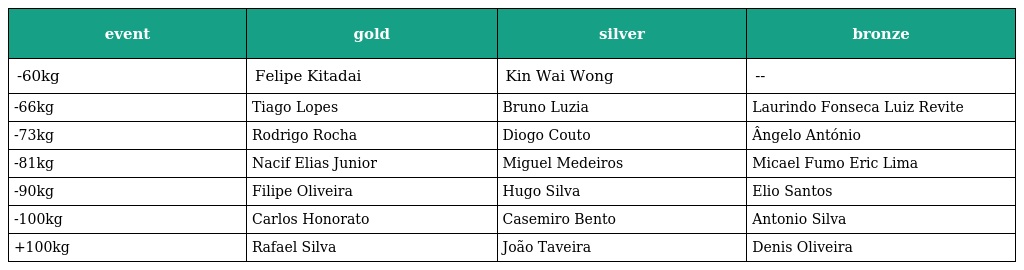
| event | gold | silver | bronze |
 | --- | --- | --- | --- |
 | -60kg | Felipe Kitadai | Kin Wai Wong | -- |
 | -66kg | Tiago Lopes | Bruno Luzia | Laurindo Fonseca Luiz Revite |
 | -73kg | Rodrigo Rocha | Diogo Couto | Ângelo António |
 | -81kg | Nacif Elias Junior | Miguel Medeiros | Micael Fumo Eric Lima |
 | -90kg | Filipe Oliveira | Hugo Silva | Elio Santos |
 | -100kg | Carlos Honorato | Casemiro Bento | Antonio Silva |
 | +100kg | Rafael Silva | João Taveira | Denis Oliveira |